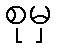
စုမှ